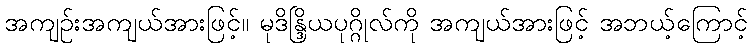
အကျဉ်းအကျယ်အားဖြင့်။ မုဒိန္ဒြိယပုဂ္ဂိုလ်ကို အကျယ်အားဖြင့် အဘယ့်ကြောင့်